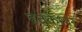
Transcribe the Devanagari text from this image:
हतकेश्वर